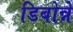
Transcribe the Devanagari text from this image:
डिबोन्ने